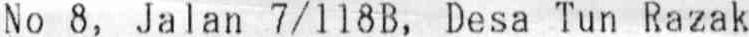
NO 8, JALAN 7/118B, DESA TUN RAZAK